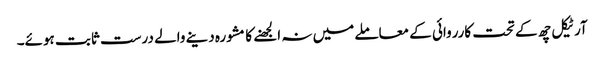
آرٹیکل چھ کے تحت کارروائی کے معاملے میں نہ الجھنے کا مشورہ دینے والے درست ثابت ہوئے۔